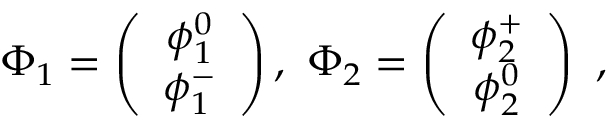
\Phi _ { 1 } = \left( \begin{array} { c } { { \phi _ { 1 } ^ { 0 } } } \\ { { \phi _ { 1 } ^ { - } } } \end{array} \right) , \ \Phi _ { 2 } = \left( \begin{array} { c } { { \phi _ { 2 } ^ { + } } } \\ { { \phi _ { 2 } ^ { 0 } } } \end{array} \right) \ ,